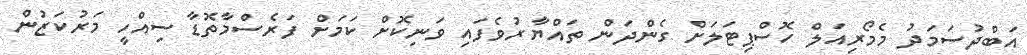
އަބްދުސަމަދު މެމޯރިއަލް ހޮސްޕިޓަލަށް ގެންދަން ތައްޔާރުވެފައި ވަނިކޮށް ކަމަށް ފަރެސްމާތޮޑާ ސިއްހީ މަރުކަޒުން